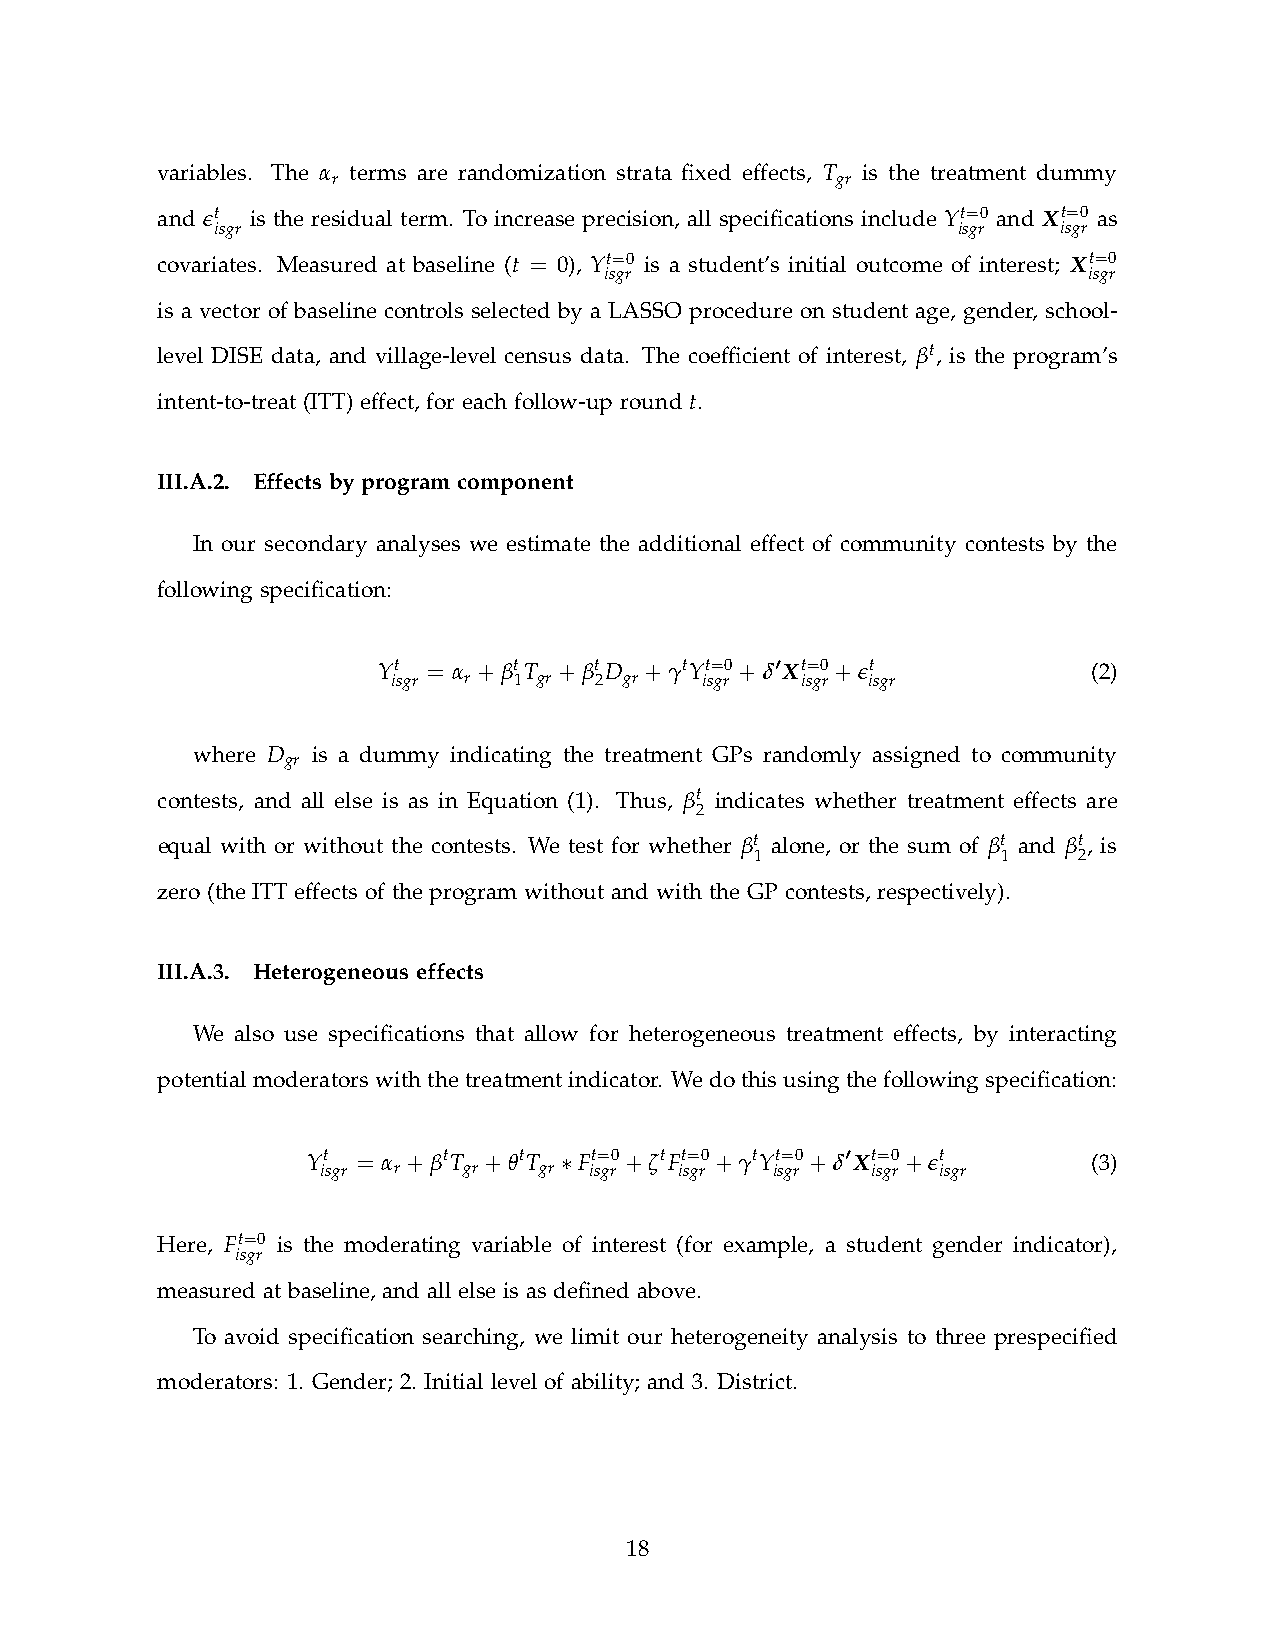
variables. The α terms are randomization strata fxed effects, T is the treatment dummy
 r                                gr
 and et is the residual term. To increase precision, all specifcations include Yt=0 and Xt=0 as
 isgr                                             isgr   isgr
 covariates. Measured at baseline (t = 0), Yt=0 is a student’s initial outcome of interest; Xt=0
 isgr                            isgr
 is a vector of baseline controls selected by a LASSO procedure on student age, gender, school-
 level DISE data, and village-level census data. The coeffcient of interest, βt , is the program’s
 intent-to-treat (ITT) effect, for each follow-up round t.
 III.A.2. Effects by program component
 In our secondary analyses we estimate the additional effect of community contests by the
 following specifcation:
 Yt = α + βt T + βt D + γtYt=0 + δ0 Xt=0 + e t  (2)
 isgr r  1 gr 2 gr   isgr   isgr isgr
 where D is a dummy indicating the treatment GPs randomly assigned to community
 gr
 contests, and all else is as in Equation (1). Thus, βt indicates whether treatment effects are
 2
 equal with or without the contests. We test for whether βt alone, or the sum of βt and βt , is
 1               1    2
 zero (the ITT effects of the program without and with the GP contests, respectively).
 III.A.3. Heterogeneous effects
 We also use specifcations that allow for heterogeneous treatment effects, by interacting
 potential moderators with the treatment indicator. We do this using the following specifcation:
 Yt  = α + βtT + θtT ∗ Ft=0 + ζtFt=0 + γtYt=0 + δ0 Xt=0 + et (3)
 isgr r    gr   gr isgr  isgr  isgr   isgr isgr
 Here, Ft=0 is the moderating variable of interest (for example, a student gender indicator),
 isgr
 measured at baseline, and all else is as defned above.
 To avoid specifcation searching, we limit our heterogeneity analysis to three prespecifed
 moderators: 1. Gender; 2. Initial level of ability; and 3. District.
 18